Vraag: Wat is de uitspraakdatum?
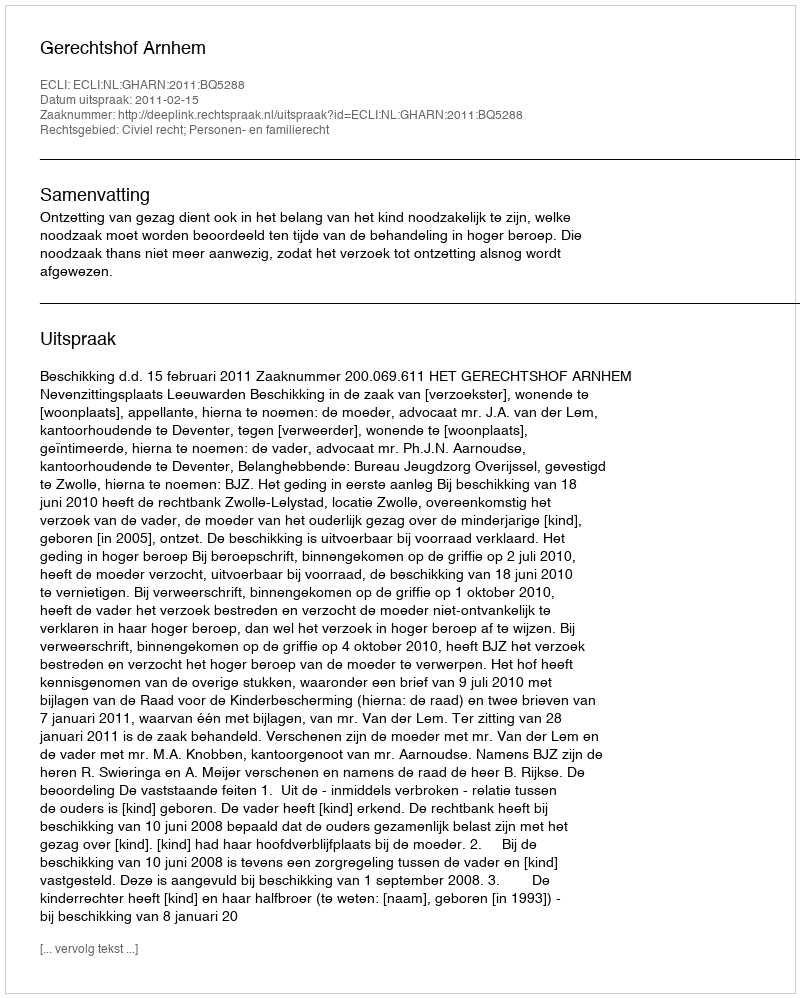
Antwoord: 2011-02-15